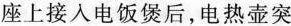
座上接人电饭煲后，电热壶突